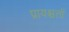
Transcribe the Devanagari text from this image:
प्रायश्चत्तों